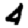
Digit: 4